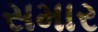
સમાર